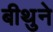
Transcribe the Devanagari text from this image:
बीथुने